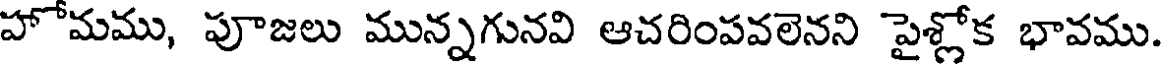
హోమము, పూజలు మున్నగునవి ఆచరింపవలెనని పైశ్లోక భావము.